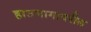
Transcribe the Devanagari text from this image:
हातमागावरील